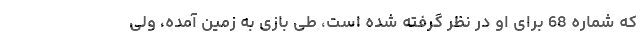
که شماره 68 برای او در نظر گرفته شده است، طی بازی به زمین آمده، ولی